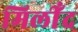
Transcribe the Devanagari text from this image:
मिलीँद